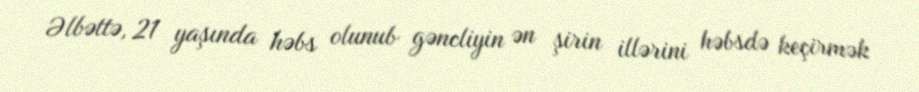
Əlbəttə, 21 yaşında həbs olunub gəncliyin ən şirin illərini həbsdə keçirmək